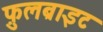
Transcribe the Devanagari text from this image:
फ़ुलब्राइट